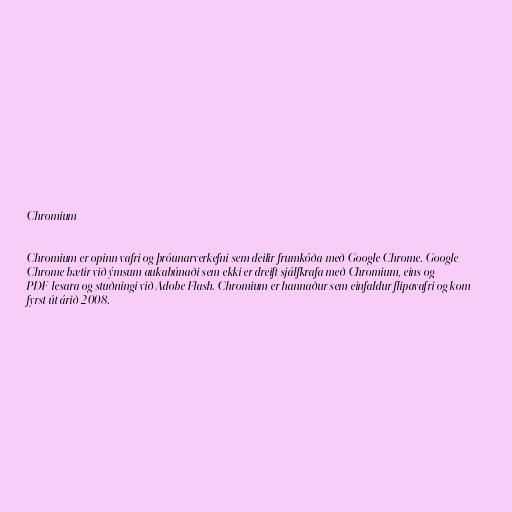
Chromium

Chromium er opinn vafri og þróunarverkefni sem deilir frumkóða með Google Chrome. Google
Chrome bætir við ýmsum aukabúnaði sem ekki er dreift sjálfkrafa með Chromium, eins og
PDF-lesara og stuðningi við Adobe Flash. Chromium er hannaður sem einfaldur flipavafri og kom
fyrst út árið 2008.